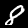
Label: 8